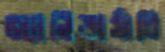
অ্যানিভার্সারি